Vaccination Hyderabad 1890-1903 - 1890-1903
Year: 1890
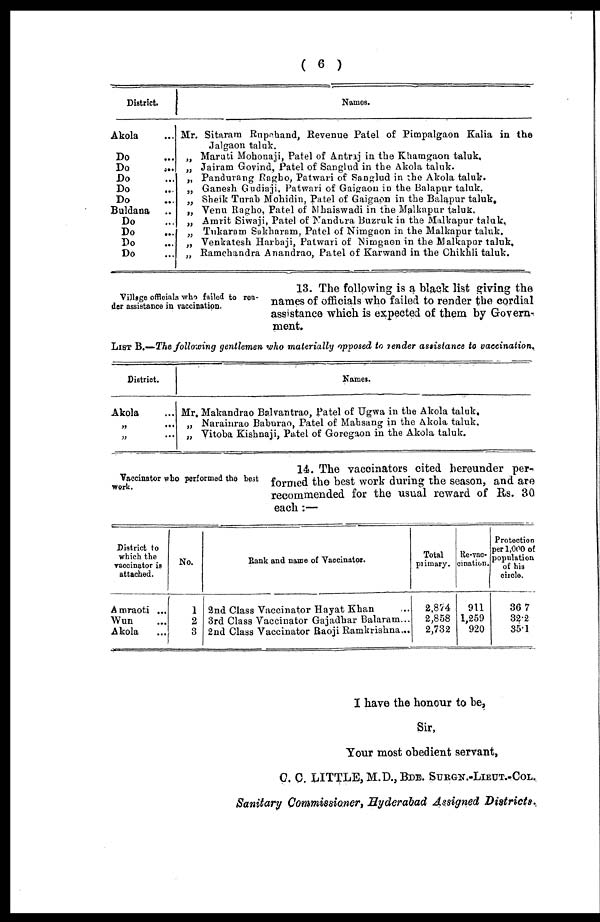
( 6 )
District.
Akola
Do ...
Do
...
Do ...
Do ...
Do ...
Buldana ...
Do ...
Do ...
Do ...
Do ...
Names.
Mr. Sitarara Rupehand, Revenue Patel of Pimpalgaon Kalia in the
Jalgaon taluk.
„ Maruti Mohonaji, Pate) of Antraj in the Khamgaon taluk.
„ Jairam Govind, Patel of Sanglud in the Akola taluk.
„ Pandurang Ragho, Patwari of Sanglud in the Akola taluk.
„ Ganesh Gudiaji, Patwari of Gaigaon in the Balapur taluk.
„ Sheik Turab Mohidin, Patel of Gaigaon in the Balapur taluk.
„ Venu Ragho, Patel of Mhaiswadi in the Malkapur taluk.
„ Amrit Siwaji, Patel of Nandura Buzruk in the Malkapur taluk,
„ Tukaram Sakharam, Patel of Nimgaon in the Malkapur taluk.
„ Venkatesh Harbaji, Patwari of Nimgaon in the Malkapur taluk.
„ Ramchandra Anandrao, Patel of Karwand in the Chikhli taluk.
Village officials who failed to ren-
der assistance in vaccination.
13. The following is a black list giving the
names of officials who failed to render the cordial
assistance which is expected of them by Govern¬
ment.
LIST B.—The following gentlemen who materially opposed to render assistance to vaccination.
District.
Akola ...
„
...
„ ...
Names.
Mr, Makandrao Balvantrao, Patel of Ugwa in the Akola taluk.
„ Narainrao Baburao, Patel of Mahsang in the Akola taluk.
„ Vitoba Kishnaji, Patel of Gorogaon in the Akola taluk.
Vaccinator who performed the best
work.
14. The vaccinators cited hereunder per¬
formed the best work during the season, and are
recommended for the usual reward of Rs. 30
each:—
District to
which the
vaccinator is
attached.
Amraoti ...
Wun ...
Akola ...
No.
1
2
3
Bank and name of Vaccinator.
2nd Class Vaccinator Hayat Khan ...
3rd Class Vaccinator Gajadhar Balaram...
2nd Class Vaccinator Raoji Ramkrishna...
Total
primary.
2,874
2,858
2,732
Re-vac¬
cination.
911
1,259
920
Protection
per 1,000 of
population
of his
circle.
36.7
32.2
35.1
I have the honour to be,
Sir,
Your most obedient servant,
C. C. LITTLE, M.D., BDE. SURGN.-LIEUT.-COL.
Sanitary Commissioner, Hyderabad Assigned Districts.,